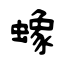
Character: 蟓